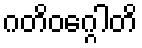
ဂတိဝဂ္ဂေါတိ